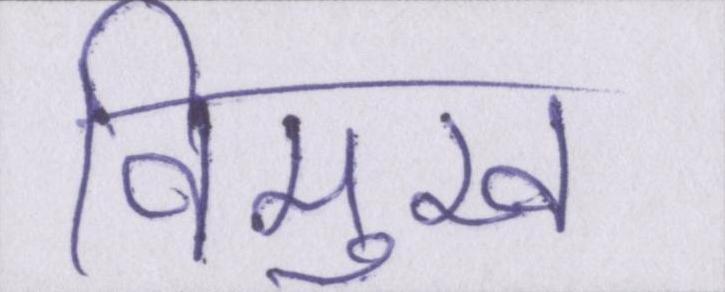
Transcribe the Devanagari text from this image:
विमुख